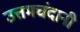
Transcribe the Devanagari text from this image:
उत्तमचंदानी